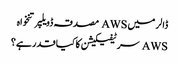
ڈالر میں AWS مصدقہ ڈویلپر تنخواہ
AWS سرٹیفیکیشن کا کیا قدر ہے؟